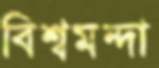
বিশ্বমন্দা